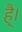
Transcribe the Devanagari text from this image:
है्।